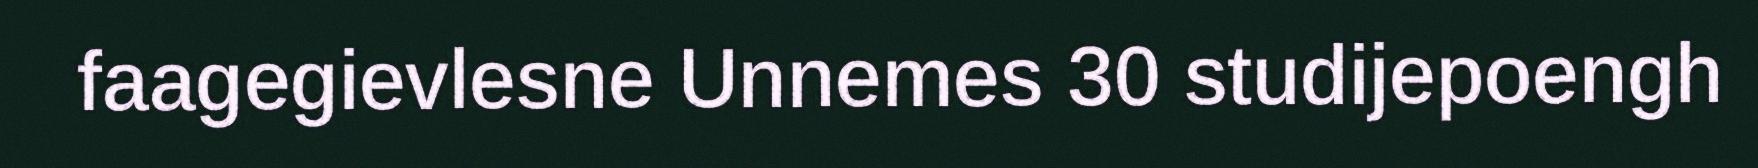
faagegievlesne Unnemes 30 studijepoengh